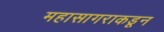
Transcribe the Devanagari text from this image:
महासागराकडून